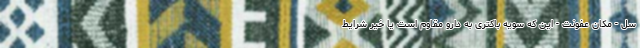
سل - مکان عفونت - این که سویه باکتری به دارو مقاوم است یا خیر شرایط